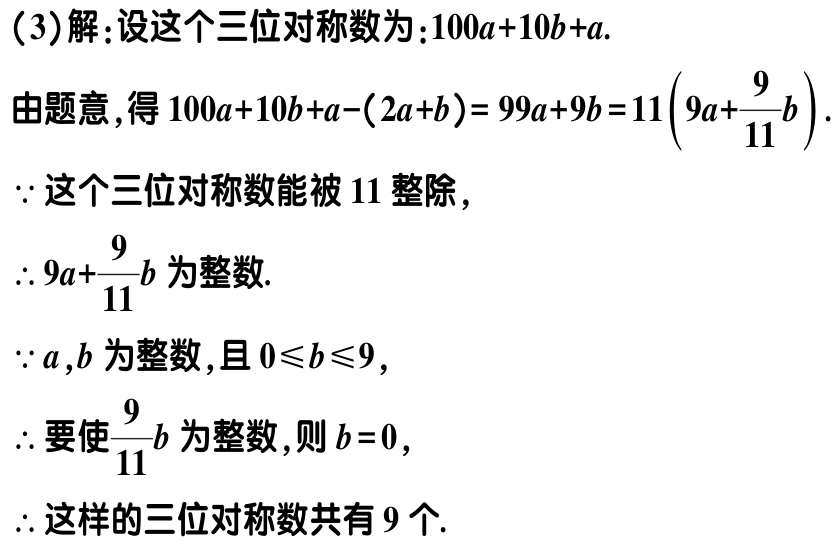
(3)解：设这个三位对称数为：\(100a + 10b + a\).

由题意，得\(100a + 10b + a-(2a + b)=99a + 9b = 11\left(9a+\dfrac{9}{11}b\right)\).

\(\because\)这个三位对称数能被\(11\)整除，

\(\therefore 9a+\dfrac{9}{11}b\)为整数.

\(\because a,b\)为整数，且\(0\leqslant b\leqslant9\)，

\(\therefore\)要使\(\dfrac{9}{11}b\)为整数，则\(b = 0\)，

\(\therefore\)这样的三位对称数共有\(9\)个.